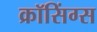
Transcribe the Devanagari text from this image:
क्रॉसिंग्स